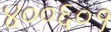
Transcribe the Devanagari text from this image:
४००६०१